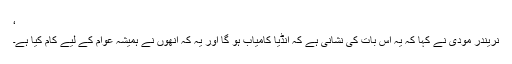
‘
نریندر مودی نے کہا کہ یہ اس بات کی نشانی ہے کہ انڈیا کامیاب ہو گا اور یہ کہ انھوں نے ہمیشہ عوام کے لیے کام کیا ہے۔